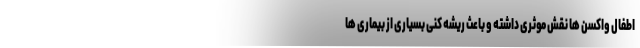
اطفال واکسن ها نقش موثری داشته و باعث ریشه کنی بسیاری از بیماری ها